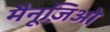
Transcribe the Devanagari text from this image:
मैनूज़िओ